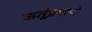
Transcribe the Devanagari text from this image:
ऋतूंप्रमाणे